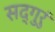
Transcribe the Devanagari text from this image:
सद्‌गुरुं